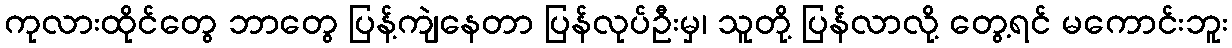
ကုလားထိုင်တွေ ဘာတွေ ပြန့်ကျဲနေတာ ပြန်လုပ်ဦးမှ၊ သူတို့ ပြန်လာလို့ တွေ့ရင် မကောင်းဘူး